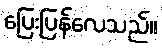
ပြေးပြန်လေသည်။